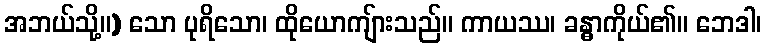
အဘယ်သို့။) သော ပုရိသော၊ ထိုယောကျ်ားသည်။ ကာယဿ၊ ခန္ဓာကိုယ်၏။ ဘေဒါ၊